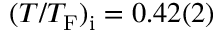
( T / T _ { \mathrm { F } } ) _ { \mathrm { i } } = 0 . 4 2 ( 2 )